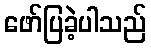
ဖော်ပြခဲ့ပါသည်